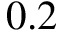
0 . 2